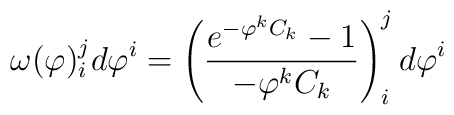
\omega(\varphi)^j_id\varphi^i =\left(\frac{e^{-\varphi^kC_k}-1}{-\varphi^kC_k}\right)^j_id\varphi^i